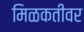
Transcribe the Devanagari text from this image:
मिळकतीवर